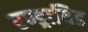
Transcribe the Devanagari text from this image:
एण्ड्रायिड